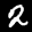
Label: 2